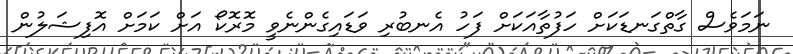
ނަމަވެސް ގާތްގަނޑަކަށް ހަފުތާއަކަށް ފަހު އެނބުރި ވަޑައިގެންނެވީ މޮރޮކޯ އަށް ކަަމަށް އޮފިޝަލުން